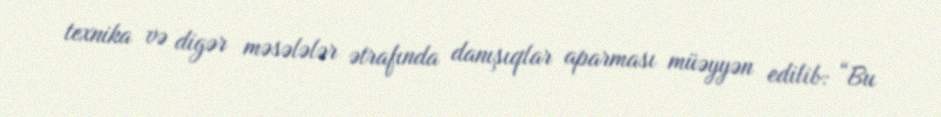
texnika və digər məsələlər ətrafında danışıqlar aparması müəyyən edilib: “Bu